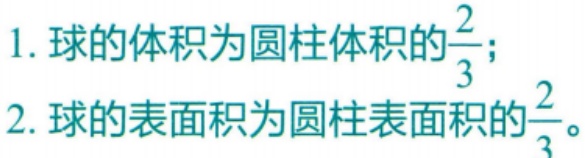
1. 球的体积为圆柱体积的$\frac{2}{3}$；
2. 球的表面积为圆柱表面积的$\frac{2}{3}$。